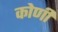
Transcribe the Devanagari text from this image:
कोणीं